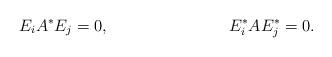
LaTeX: \begin{align*} E_i A^* E_j &= 0, & E^*_i A E^*_j &= 0.\end{align*}